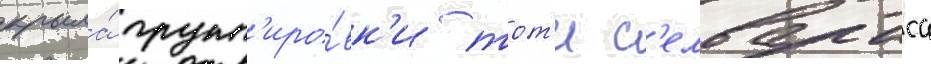
крыла́ групп'иро́вк'и тот'и с'елвараса